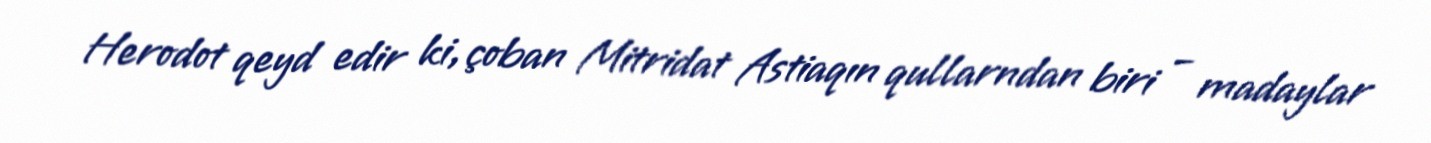
Herodot qeyd edir ki, çoban Mitridat Astiaqın qullarndan biri – madaylar